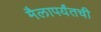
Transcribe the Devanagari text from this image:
मैलापर्यंतची